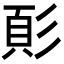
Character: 𩑘